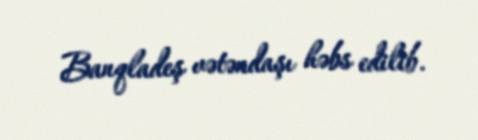
Banqladeş vətəndaşı həbs edilib.